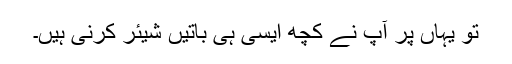
تو یہاں پر آپ نے کچھ ایسی ہی باتیں شیئر کرنی ہیں۔